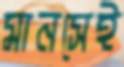
মানসেই